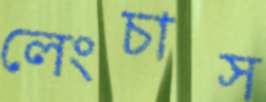
লেংচাস